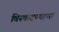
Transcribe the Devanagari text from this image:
विस्कटण्याचा